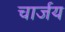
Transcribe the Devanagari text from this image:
चार्जय